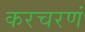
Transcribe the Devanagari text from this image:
करचरणं